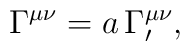
\Gamma ^{\mu \nu }=a\,\Gamma _{\prime }^{\mu \nu },